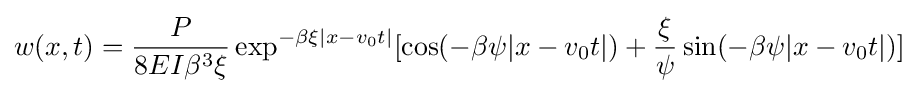
w(x,t)={P \over 8EI\beta ^{3}\xi }\exp ^{-\beta \xi |x-v_{0}t|}[\cos({-\beta \psi |x-v_{0}t|})+{\xi  \over \psi }\sin({-\beta \psi |x-v_{0}t|})]